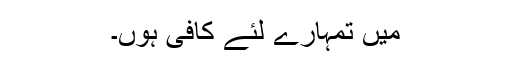
مَیں تمہارے لئے کافی ہوں۔